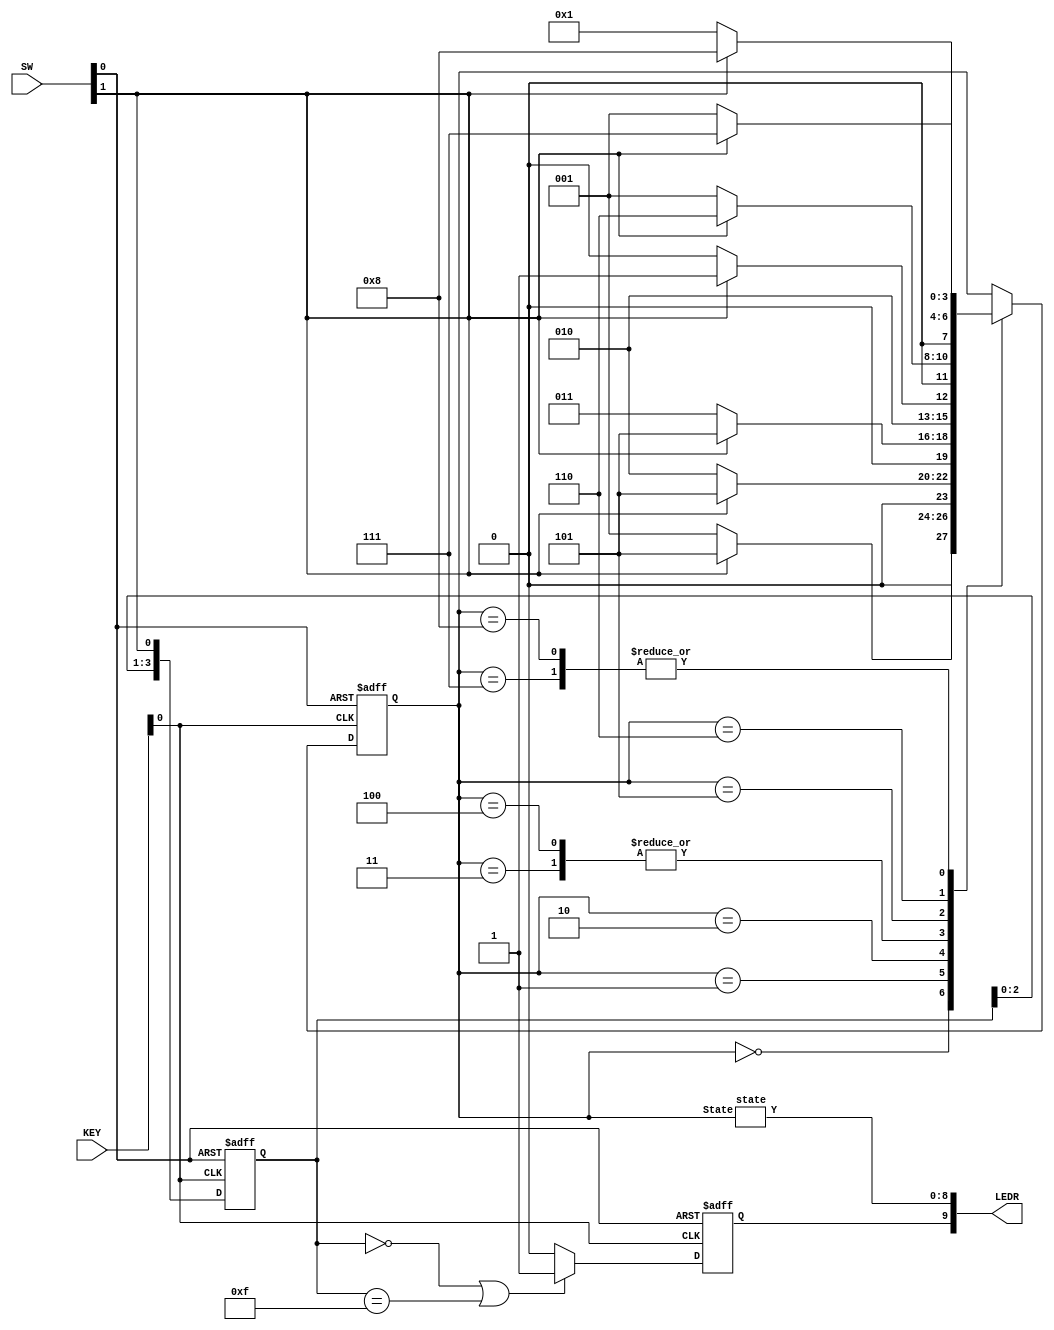
// Not complete
module part1(SW, KEY, LEDR);
	input [1:0] KEY, SW;
	output [9:0] LEDR;

	reg  z;
	reg [3:0] shifter;
	reg [3:0] State;
	wire [8:0] Y;

	always @(posedge KEY[0] or posedge SW[0]) begin
		if (SW[0]) begin
			z <= 1'b0;
			shifter <= 4'b0101;
		end
		else begin
			if ((shifter == 4'b0000)|(shifter == 4'b1111))
				z <= 1'b1;
			else
				z <= 1'b0;
			shifter[3:0] <= { shifter[2:0] , SW[1] };
		end
	end

	parameter A=0, B=1, C=2, D=3, E=4, F=5, G=6, H=7, I=8;

 state s1(State[3:0], Y);


	always @(posedge KEY[0] or posedge SW[0]) begin
		if (SW[0]) begin
			State = A;
		end
		else begin
			case(State)
				A:
					if (SW[1])
						State = F;
					else
						State = B;
				B:
					if (SW[1])
						State = F;
					else
						State = C;
				C:
					if (SW[1])
						State = F;
					else
						State = D;
				D:
					if (SW[1])
						State = F;
					else
						State = E;
				E:
					if (SW[1])
						State = F;
					else
						State = E;
				F:
					if (SW[1])
						State = G;
					else
						State = B;
				G:
					if (SW[1])
						State = H;
					else
						State = B;
				H:
					if (SW[1])
						State = I;
					else
						State = B;
				I:
					if (SW[1])
						State = I;
					else
		                		State = B;
			endcase
		end
	end
	assign LEDR[9] = z;
	assign LEDR[8:0] = Y;
endmodule

module state (State, Y);
  input [3:0] State;
  output [8:0] Y;

	assign Y[0] = ~(~State[3] | ~State[2] |~State[1] |~State[0]);
	assign Y[1] = ~(~State[3] | ~State[2] |~State[1] |State[0]) ;
	assign Y[2] = ~(~State[3] | ~State[2] |State[1] |~State[0]) ;
	assign Y[3] = ~(~State[3] | ~State[2] |State[1] |State[0]) ;
	assign Y[4] = ~(~State[3] | State[2] |~State[1] |~State[0]) ;
	assign Y[5] = ~(~State[3] | State[2] |~State[1] |State[0]) ;
	assign Y[6] = ~(~State[3] | State[2] |State[1] |~State[0]) ;
	assign Y[7] = ~(~State[3] | State[2] |State[1] |State[0]) ;
	assign Y[8] = ~(State[3] | ~State[2] |~State[1] |~State[0]) ;
	endmodule